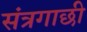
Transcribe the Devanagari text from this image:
संत्रगाछी